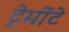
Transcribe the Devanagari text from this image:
ट्रेमोंटे